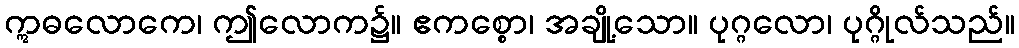
ဣဓလောကေ၊ ဤလောက၌။ ဧကစ္စော၊ အချို့သော။ ပုဂ္ဂလော၊ ပုဂ္ဂိုလ်သည်။